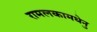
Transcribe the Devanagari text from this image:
रामलकामधेनु